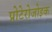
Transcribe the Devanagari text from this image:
प्रोटेरोजोइक